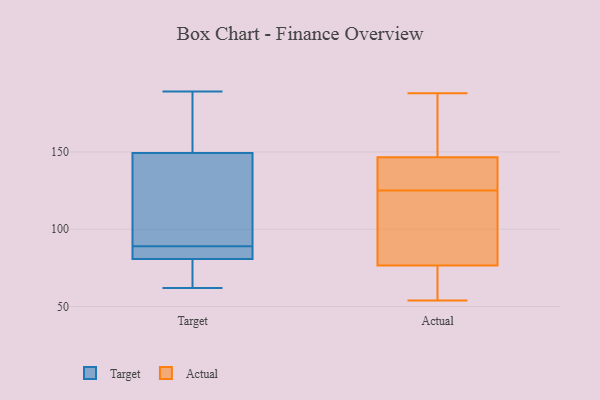
{"axis": {"x": "Inventory Turnover", "y": "Value"}, "legend": ["Actual", "Target"], "data": [{"x": "", "y": 83, "type": "Target"}, {"x": "", "y": 172, "type": "Target"}, {"x": "", "y": 189, "type": "Target"}, {"x": "", "y": 97, "type": "Target"}, {"x": "", "y": 74, "type": "Target"}, {"x": "", "y": 185, "type": "Target"}, {"x": "", "y": 153, "type": "Target"}, {"x": "", "y": 80, "type": "Target"}, {"x": "", "y": 87, "type": "Target"}, {"x": "", "y": 89, "type": "Target"}, {"x": "", "y": 88, "type": "Target"}, {"x": "", "y": 75, "type": "Target"}, {"x": "", "y": 138, "type": "Target"}, {"x": "", "y": 62, "type": "Target"}, {"x": "", "y": 109, "type": "Target"}, {"x": "", "y": 159, "type": "Actual"}, {"x": "", "y": 54, "type": "Actual"}, {"x": "", "y": 188, "type": "Actual"}, {"x": "", "y": 184, "type": "Actual"}, {"x": "", "y": 127, "type": "Actual"}, {"x": "", "y": 137, "type": "Actual"}, {"x": "", "y": 121, "type": "Actual"}, {"x": "", "y": 142, "type": "Actual"}, {"x": "", "y": 107, "type": "Actual"}, {"x": "", "y": 154, "type": "Actual"}, {"x": "", "y": 134, "type": "Actual"}, {"x": "", "y": 119, "type": "Actual"}, {"x": "", "y": 151, "type": "Actual"}, {"x": "", "y": 56, "type": "Actual"}, {"x": "", "y": 57, "type": "Actual"}, {"x": "", "y": 130, "type": "Actual"}, {"x": "", "y": 123, "type": "Actual"}, {"x": "", "y": 75, "type": "Actual"}, {"x": "", "y": 61, "type": "Actual"}, {"x": "", "y": 78, "type": "Actual"}]}